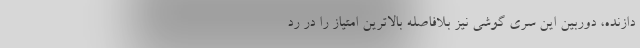
دازنده، دوربین این سری گوشی نیز بلافاصله بالاترین امتیاز را در رد